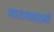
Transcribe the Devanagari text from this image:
नारायनसामी